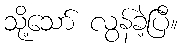
သို့သော် လွန်ခဲ့ပြီ။